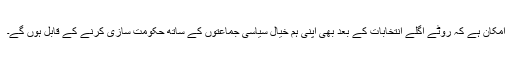
امکان ہے کہ رُوٹے اگلے انتخابات کے بعد بھی اپنی ہم خیال سیاسی جماعتوں کے ساتھ حکومت سازی کرنے کے قابل ہوں گے۔